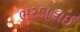
ભરડાહાઈ